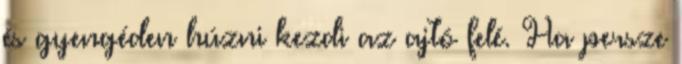
és gyengéden húzni kezdi az ajtó felé. Ha persze